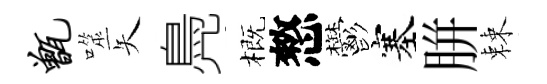
甑噬矢鳧概憗鬱塞胼棘